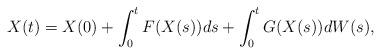
LaTeX: \begin{align*}X(t) = X(0) + \int_0^t F(X(s)) ds + \int_0^t G(X(s)) dW(s),\end{align*}